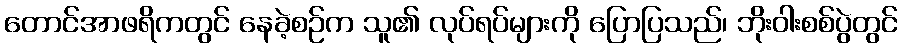
တောင်အာဖရိကတွင် နေခဲ့စဉ်က သူ၏ လုပ်ရပ်များကို ပြောပြသည်၊ ဘိုးဝါးစစ်ပွဲတွင်